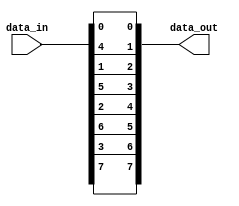
module c_interleaver
  (data_in, data_out);
   parameter width = 8;
   parameter num_blocks = 2;
   localparam step = width / num_blocks;
   input [0:width-1] data_in;
   output [0:width-1] data_out;
   wire [0:width-1] data_out;
   generate
      genvar 	    i;
      for(i = 0; i < step; i = i + 1)
	begin:blocks
	   genvar j;
	   for(j = 0; j < num_blocks; j = j + 1)
	     begin:bits
		assign data_out[i*num_blocks+j] = data_in[i+j*step];
	     end
	end
   endgenerate
endmodule